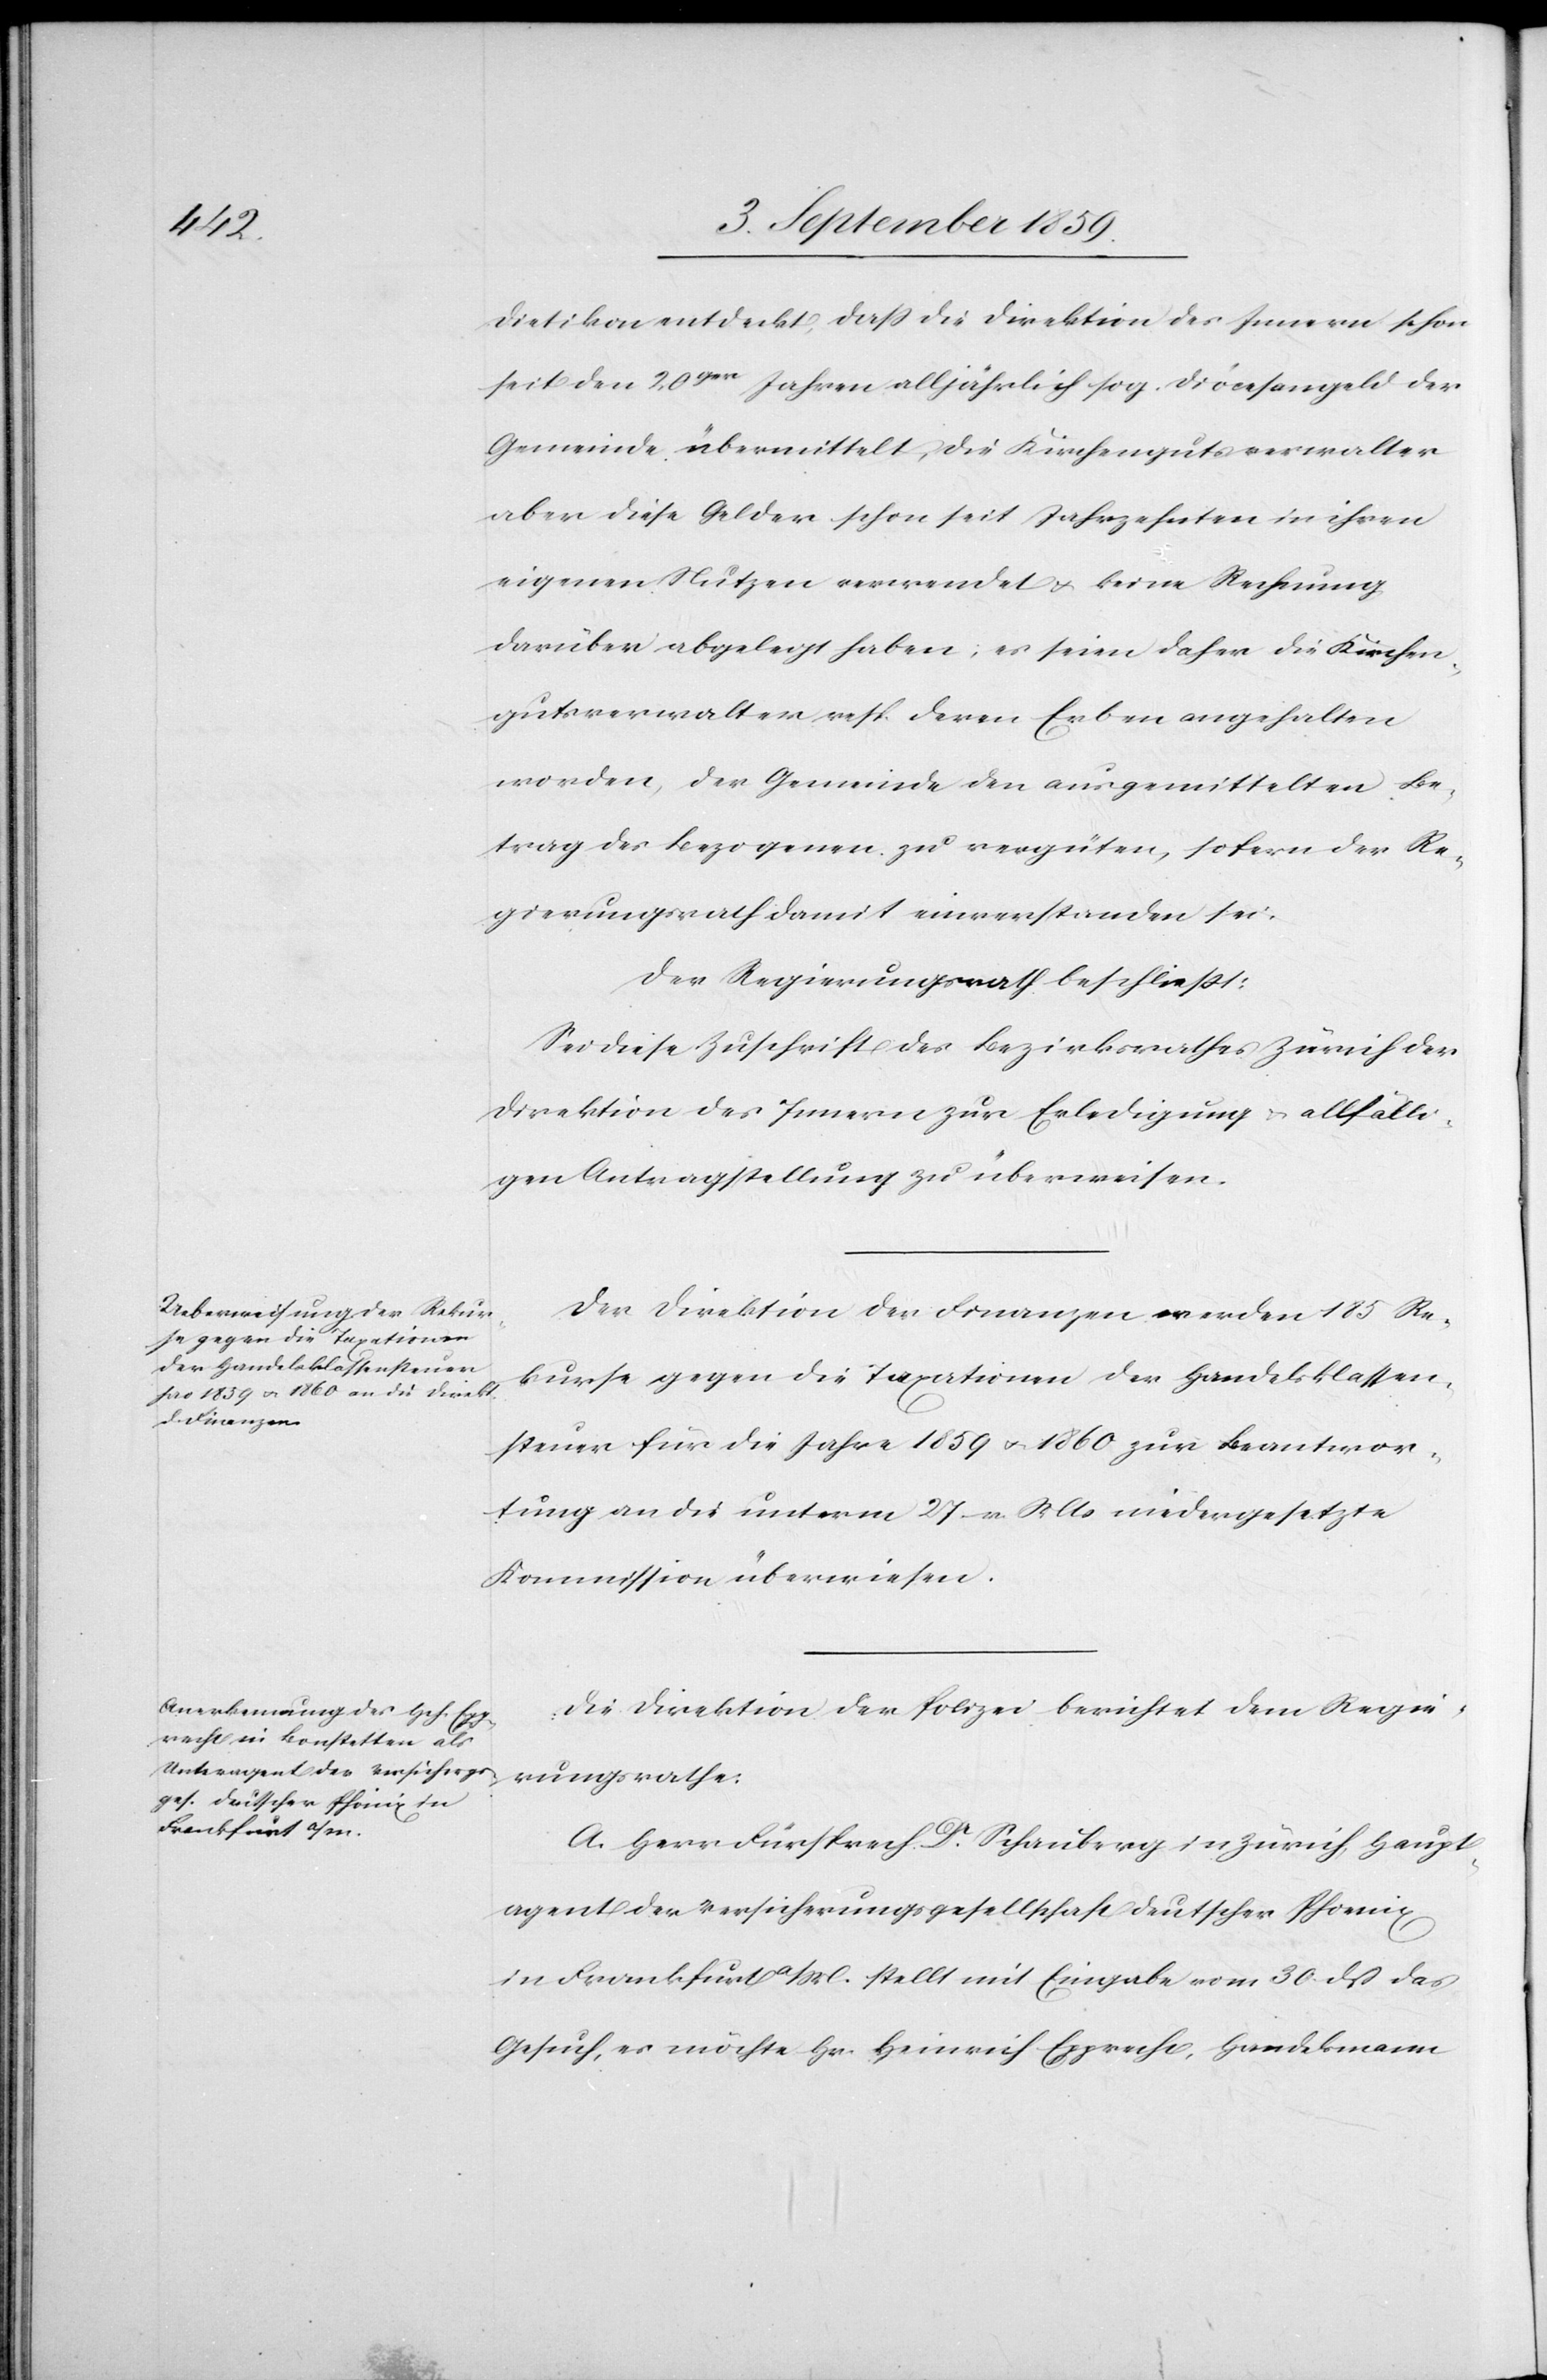
Dietikon entdeckt, daß die Direktion des Innern schon
seit den 20ger Jahren alljährlich sog. Diöcesengeld der
Gemeinde übermittelt, die Kirchengutsverwalter
aber diese Gelder schon seit Jahrzehnten in ihren
eigenen Nutzen verwendet & keine Rechnung
darüber abgelegt haben; es seien daher die Kirchen¬
gutsverwalter resp. deren Erben angehalten
worden, der Gemeinde den ausgemittelten Be¬
trag des bezogenen zu vergüten, sofern der Re¬
gierungsrath damit einverstanden sei.
Der Regierungsrath beschließt:
Sei diese Zuschrift des Bezirksrathes Zürich der
Direktion des Innern zur Erledigung & allfälli¬
gen Antragstellung zu überweisen.
Der Direktion der Finanzen werden 185 Re¬
kurse gegen die Taxationen der Handelsklassen¬
steuer für die Jahre 1859 & 1860 zur Beantwor¬
tung an die unterm 27. v. Mts. niedergesetzte
Kommission überwiesen.
Die Direktion der Polizei berichtet dem Regie¬
rungsrathe:
A. Herr Fürsprech Dr. Schauberg in Zürich, Haupt¬
agent der Versicherungsgesellschaft deutscher Phoenix
in Frankfurt a/M. stellt mit Eingabe vom 30. daß das
Gesuch, es möchte Hr. Heinrich Epprecht, Handelsmann